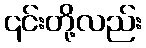
၎င်းတို့လည်း